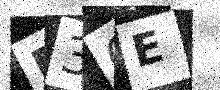
Text: B3GE